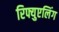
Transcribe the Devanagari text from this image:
रिफ्युएलिंग